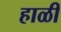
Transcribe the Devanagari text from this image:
हाळी